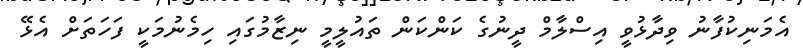
އެމަނިކުފާނު ވިދާޅުވީ އިސްލާމް ދީނުގެ ކަންކަން ތައުލީމީ ނިޒާމުގައި ހިމެނުމަކީ ފަހަތަށް އެޅޭ